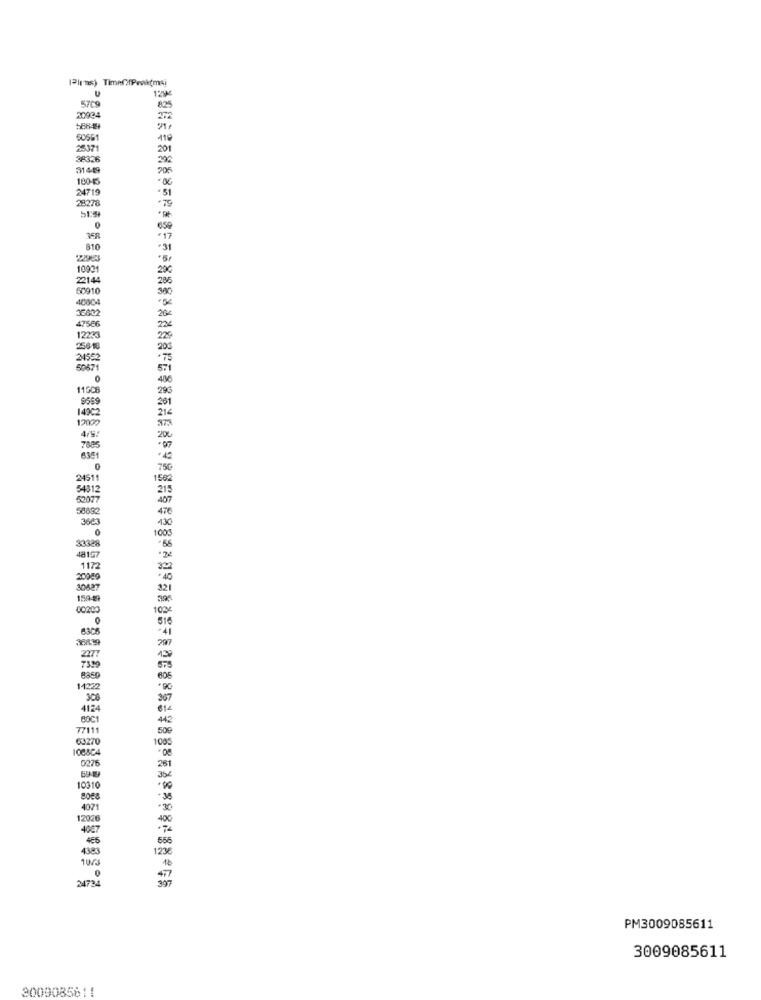
12
5709
20934
60561
110
25371
201
38336
31449
706
10045
24719
28278
-51
.79
0
810
*22963
10901
22144
50910
40004
36002
47566
12233
258 1
24562
50671
0
11508
9569
14202
12000
7885
6351
0
2451
34312
52077
58892
3663
0
33328
1003
48107
1172
20049
30627
1590
00200
103
6306
399
2277
7339
8850
14222
4124
80C1
77111
63270
108804
0276
10010
8008
4071
1202
4007
465
0
24734
PM3009085611
3009085611
3009085811